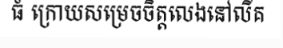
ធំ ក្រោយសម្រេចចិត្តលេងនៅលីគ